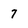
Character: 7